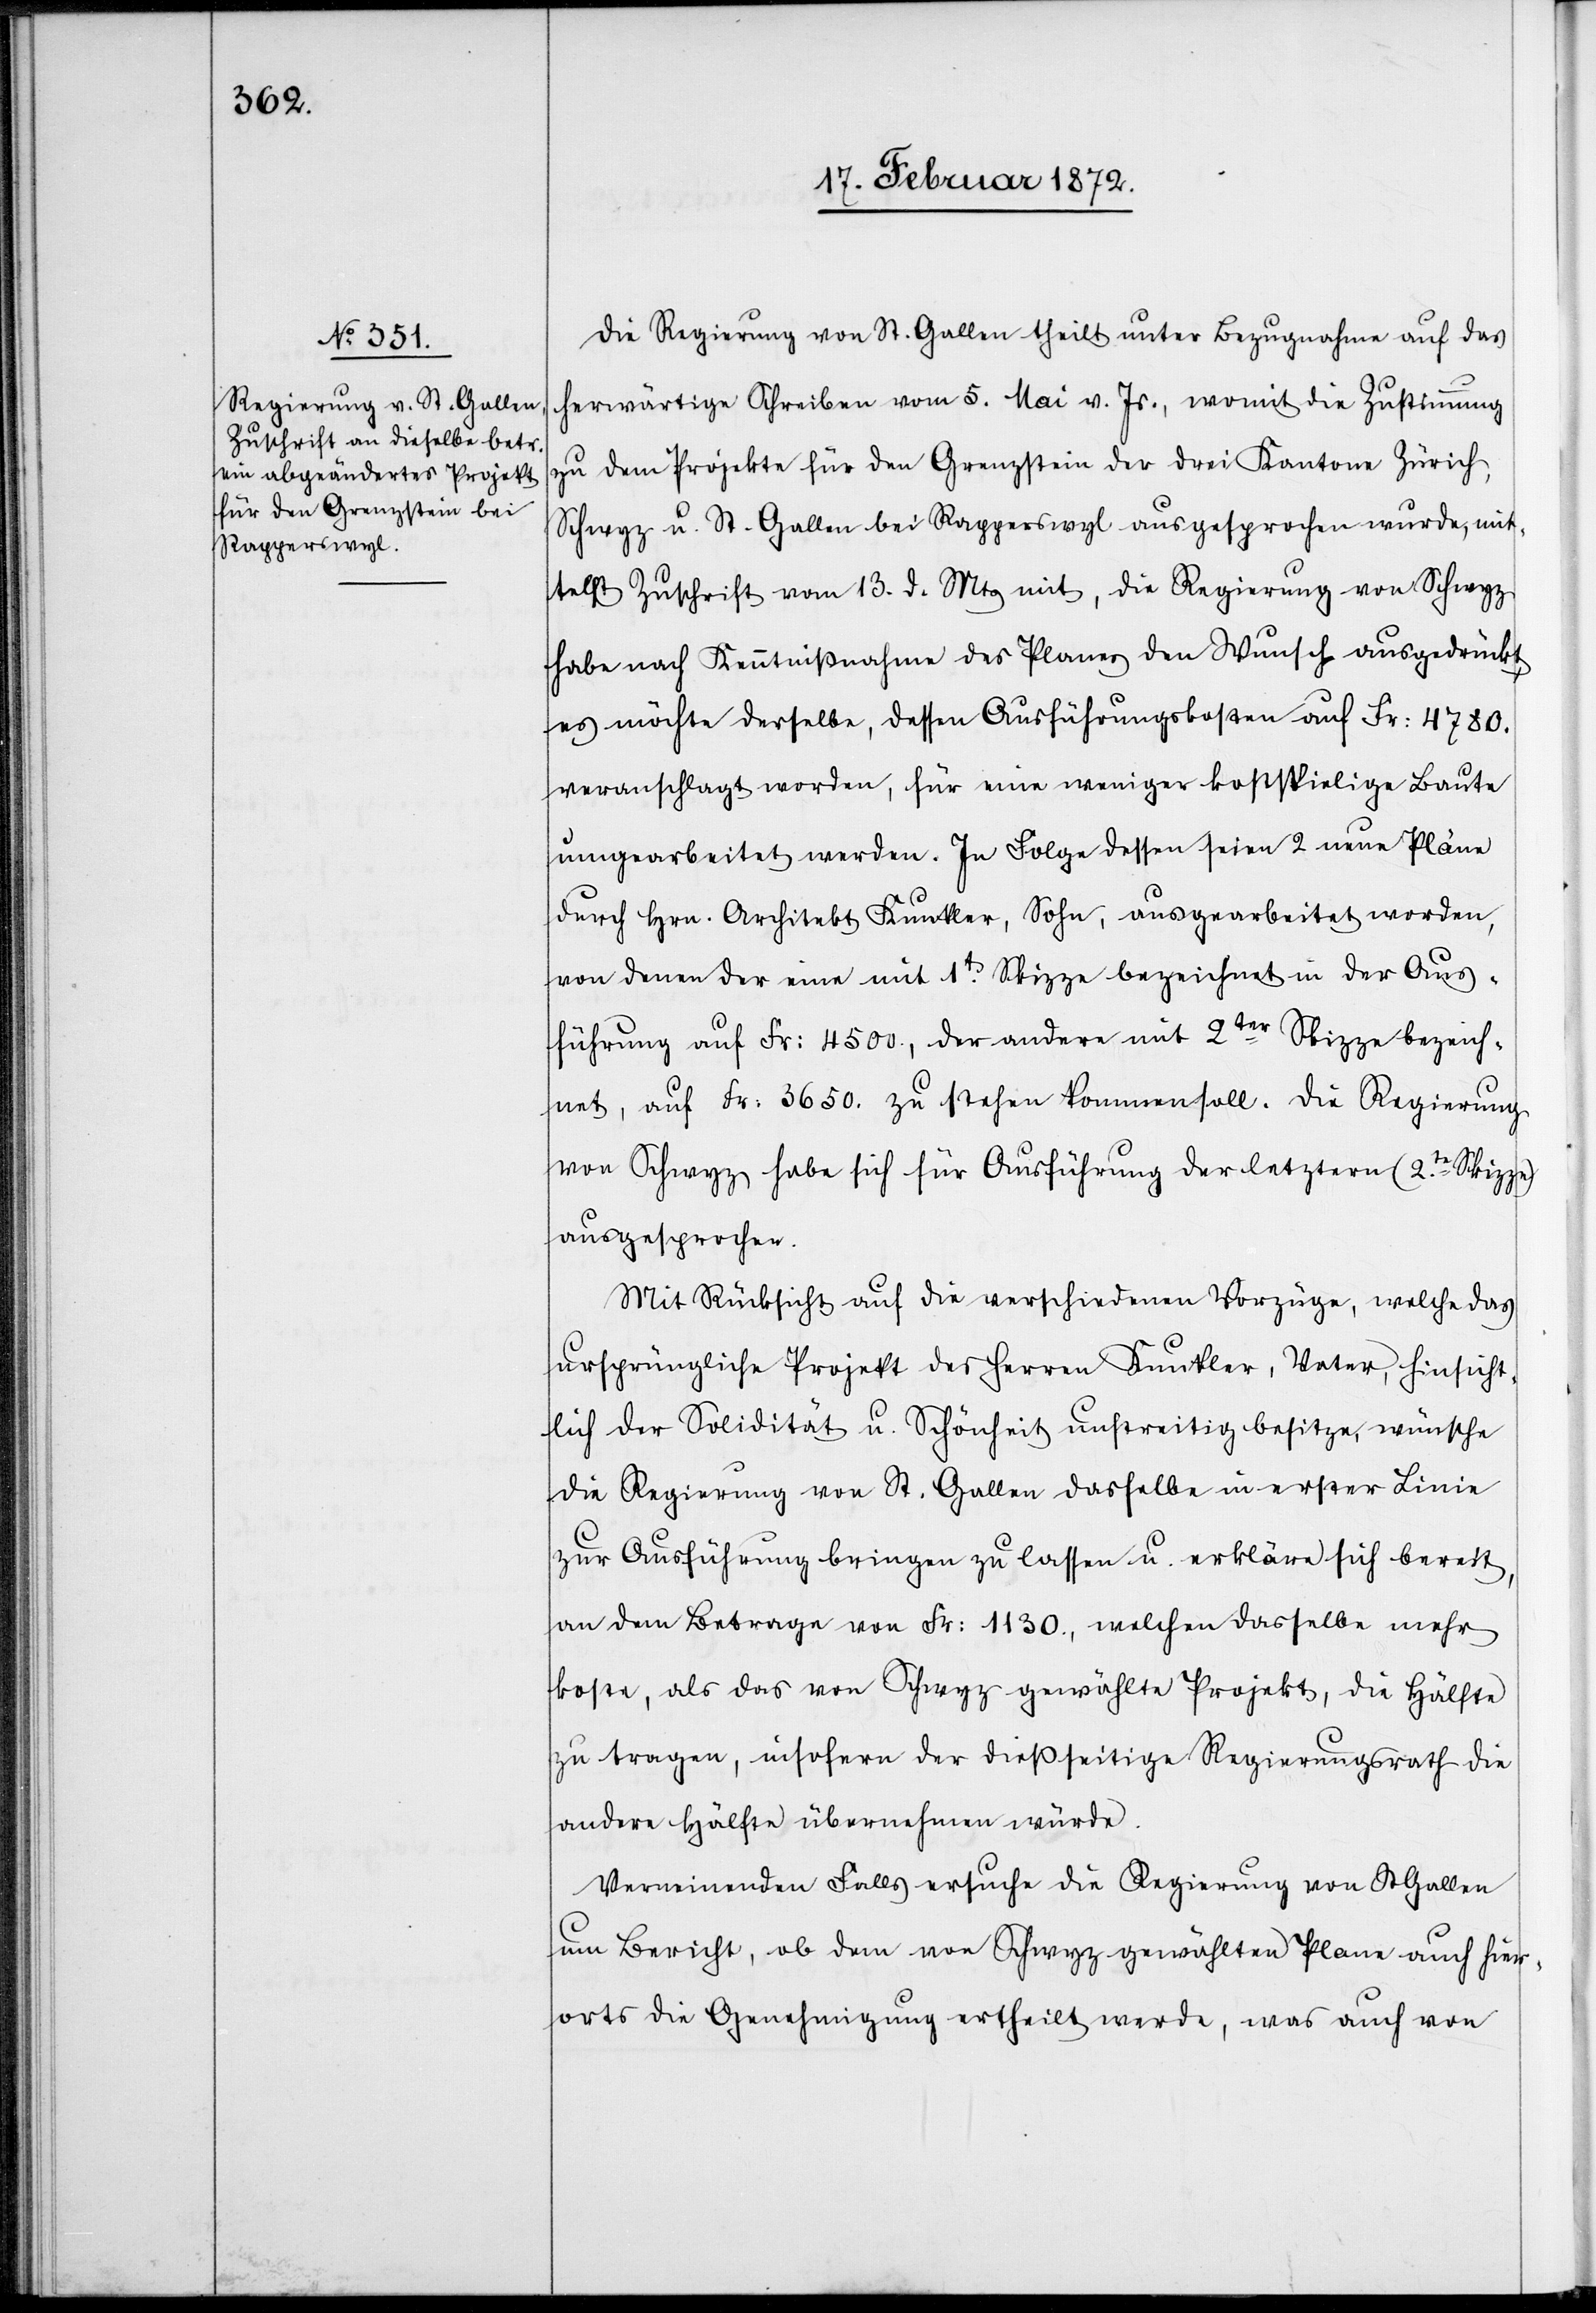
Die Regierung von St. Gallen theilt unter Bezugnahme auf das
herwärtige Schreiben vom 5. Mai v. Js., womit die Zustimmung
zu dem Projekte für den Grenzstein der drei Kantone Zürich,
Schwyz u. St. Gallen bei Rapperswyl ausgesprochen wurde, mit¬
telst Zuschrift vom 13. d. Mts mit, die Regierung von Schwyz
habe nach Kenntnißnahme des Planes den Wunsch ausgedrückt,
es möchte derselbe, dessen Ausführungskosten auf Fr. 4780.
veranschlagt worden, für eine weniger kostspielige Baute
umgearbeitet werden. In Folge dessen seien 2 neue Pläne
durch Hrn. Architekt Kunkler, Sohn, ausgearbeitet worden,
von denen der eine mit 1ter. Skizze bezeichnet in der Aus¬
führung auf Fr. 4500., der andere mit 2ter Skizze bezeich¬
net, auf Fr. 3650. zu stehen kommen soll. Die Regierung
von Schwyz habe sich für Ausführung der letztern (2te Skizze)
ausgesprochen.
Mit Rücksicht auf die verschiedenen Vorzüge, welche das
ursprüngliche Projekt des Herren Kunkler, Vater, hinsicht¬
lich der Solidität u. Schönheit unstreitig besitze, wünsche
die Regierung von St. Gallen dasselbe in erster Linie
zur Ausführung bringen zu lassen u. erkläre sich bereit,
an dem Betrage von Fr.1130., welchen dasselbe mehr
koste, als das von Schwyz gewählte Projekt, die Hälfte
zu tragen, insofern der dießseitige Regierungsrath die
andere Hälfte übernehmen würde.
Verneinenden Falls ersuche die Regierung von St Gallen
um Bericht, ob dem von Schwyz gewählten Plane auch hier¬
orts die Genehmigung ertheilt werde, was auch von